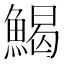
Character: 𩹄